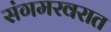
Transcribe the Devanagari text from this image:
संगमरवरात